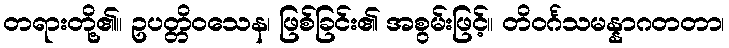
တရားတို့၏။ ဥပတ္တိဝသေန၊ ဖြစ်ခြင်း၏ အစွမ်းဖြင့်။ တိဝင်္ဂသမန္နာဂတတာ၊